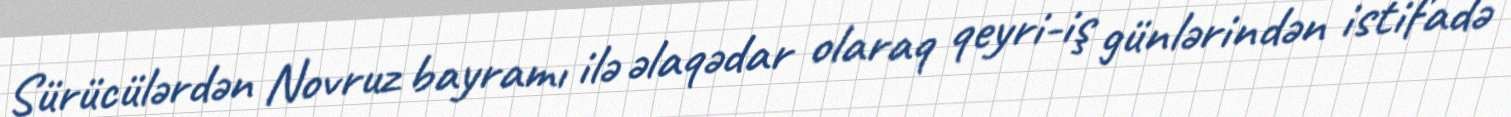
Sürücülərdən Novruz bayramı ilə əlaqədar olaraq qeyri-iş günlərindən istifadə